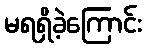
မရရှိခဲ့ကြောင်း